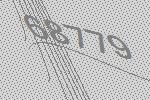
68779